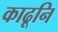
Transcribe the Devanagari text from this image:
काढूनि